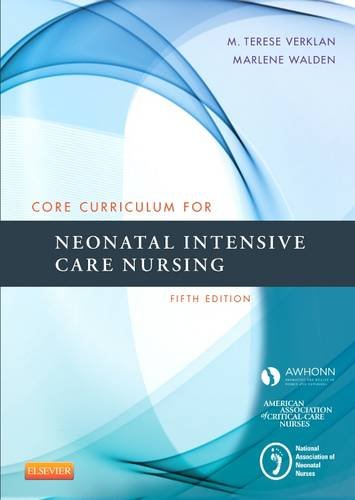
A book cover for Core Curriculum for Neonatal Intensive Care Nursing, 5e (Core Curriculum for Neonatal Intensive Care Nursing (AWHONN)); AWHONN; Medical Books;